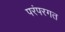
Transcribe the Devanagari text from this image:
परंपरगत